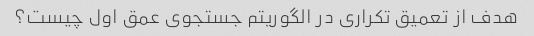
هدف از تعمیق تکراری در الگوریتم جستجوی عمق اول چیست؟